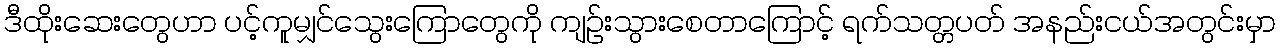
ဒီထိုးဆေးတွေဟာ ပင့်ကူမျှင်သွေးကြောတွေကို ကျဉ်းသွားစေတာကြောင့် ရက်သတ္တပတ် အနည်းငယ်အတွင်းမှာ